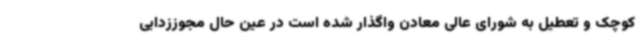
کوچک و تعطیل به شورای عالی معادن واگذار شده است در عین حال مجوززدایی